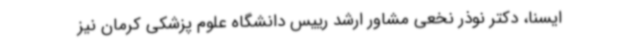
ایسنا، دکتر نوذر نخعی مشاور ارشد رییس دانشگاه علوم پزشکی کرمان نیز